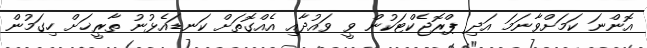
އޮންނަ ކަމަށްވާނަމަ އަދި ޕްރޮޖެކްޓަކުން ވީ ވައުދާއި އެއްގޮތަށް ކަނޑައެޅުނު ތާރީޚަށް ހިގަމުން